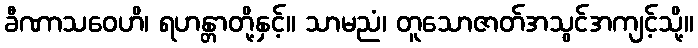
ခီဏာသဝေဟိ၊ ရဟန္တာတို့နှင့်။ သာမညံ၊ တူသောဇာတ်အသွင်အကျင့်သို့။